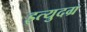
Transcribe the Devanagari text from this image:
इत्युदग्र